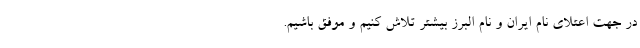
در جهت اعتلای نام ایران و نام البرز بیشتر تلاش کنیم و موفق باشیم.